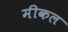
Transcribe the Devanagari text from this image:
मीकल